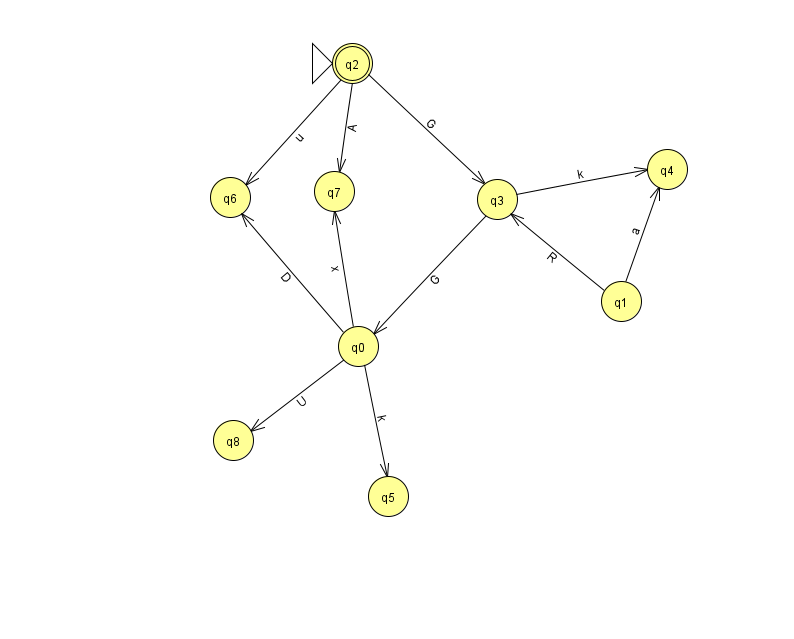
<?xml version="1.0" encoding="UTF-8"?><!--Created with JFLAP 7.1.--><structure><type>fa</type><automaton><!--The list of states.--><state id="0" name="q0"><x>358.0</x><y>333.0</y></state><state id="1" name="q1"><x>621.0</x><y>288.0</y></state><state id="2" name="q2"><x>352.0</x><y>50.0</y><initial/><final/></state><state id="3" name="q3"><x>497.0</x><y>186.0</y></state><state id="4" name="q4"><x>667.0</x><y>156.0</y></state><state id="5" name="q5"><x>388.0</x><y>483.0</y></state><state id="6" name="q6"><x>230.0</x><y>184.0</y></state><state id="7" name="q7"><x>334.0</x><y>178.0</y></state><state id="8" name="q8"><x>233.0</x><y>427.0</y></state><!--The list of transitions.--><transition><from>0</from><to>5</to><read>k</read></transition><transition><from>2</from><to>7</to><read>A</read></transition><transition><from>3</from><to>4</to><read>k</read></transition><transition><from>0</from><to>6</to><read>D</read></transition><transition><from>3</from><to>0</to><read>G</read></transition><transition><from>0</from><to>7</to><read>x</read></transition><transition><from>1</from><to>3</to><read>R</read></transition><transition><from>2</from><to>3</to><read>G</read></transition><transition><from>0</from><to>8</to><read>U</read></transition><transition><from>1</from><to>4</to><read>a</read></transition><transition><from>2</from><to>6</to><read>u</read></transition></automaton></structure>